Seli_vallavalitsus_Parnumaal, lk 33
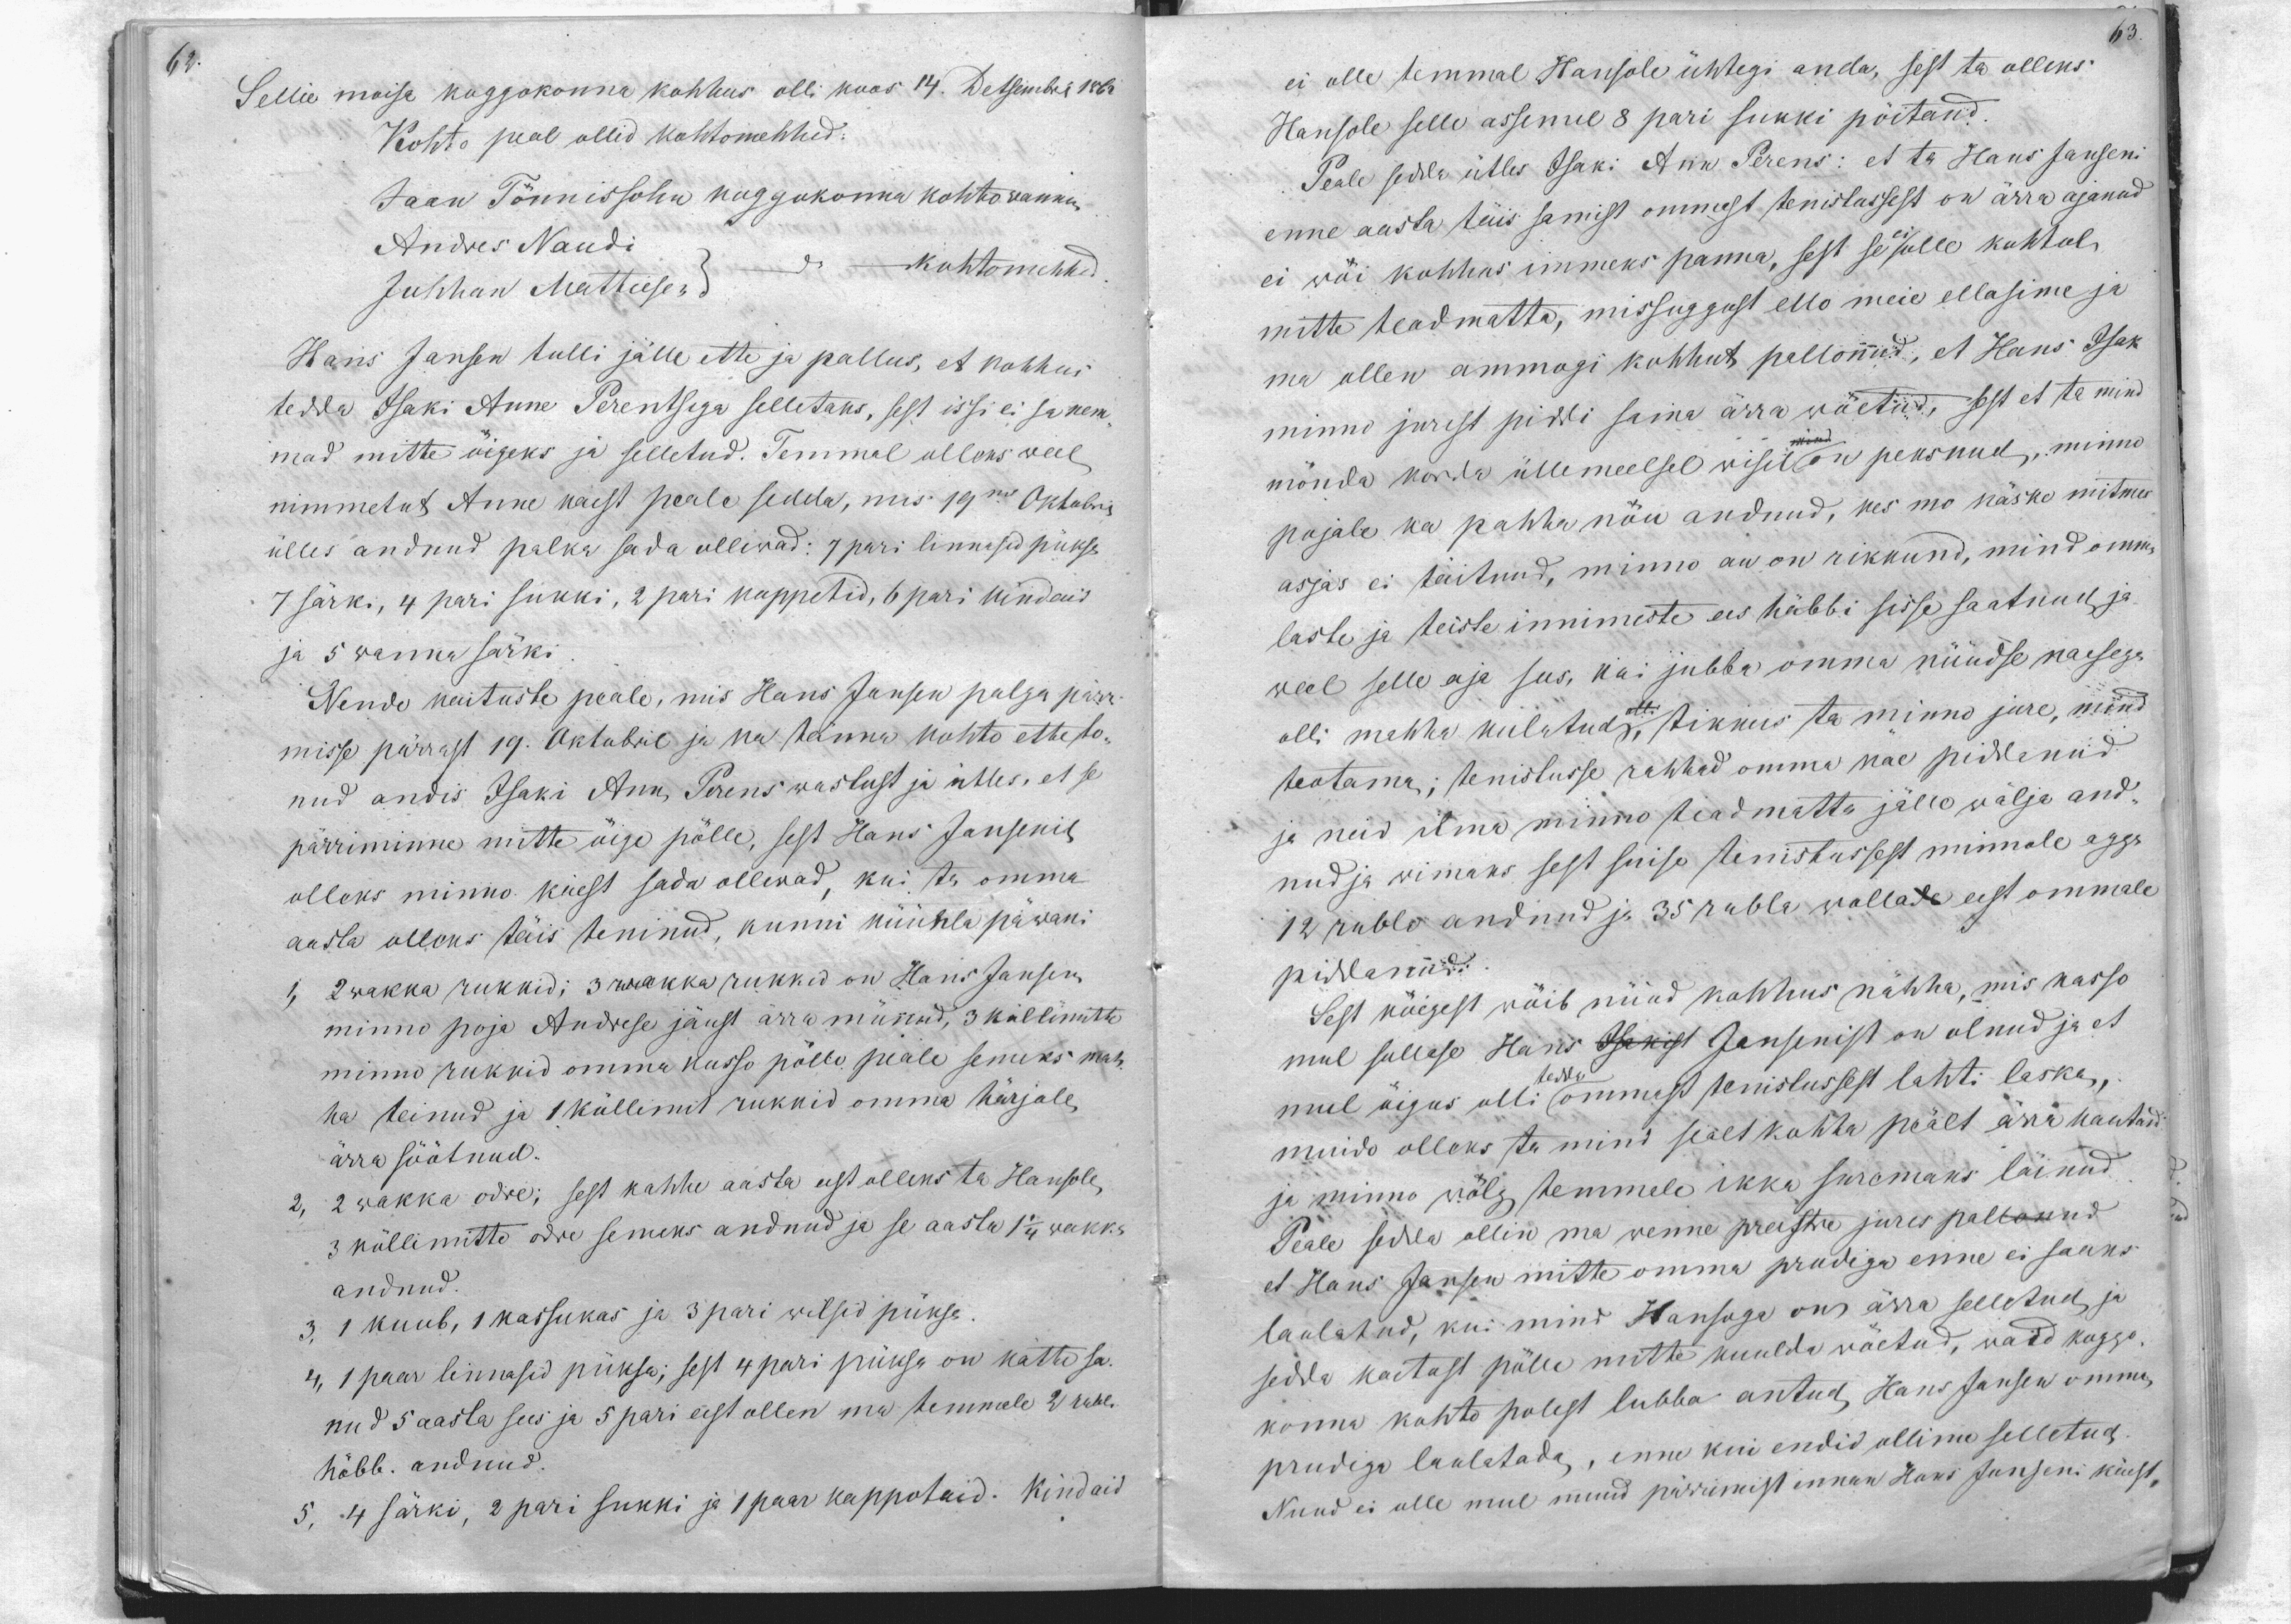
62.

Sellie moisa koggokonna kohhus olli koos 14. Detsembril 1857
Kohto peal ollid kohtomehhed:
Jaan Tönnissohn koggokonna kohtowannem
Andres Naudi
Juhhan Mattiesen do kohtomehhed
Hans Janson tulli jälle ette ja pallus, et kohhus
tedda Isaki Anne Perentsega selletaks, sest issi ei sa nem-
mad mitte õigeks ja selletud. Temmal olleks weel
nimmetut Anne käest peale sedda, mis 19ne Oktobri
ülles andnud palka sada olliwad: 7 pari linnasid pükse
7 särki, 4 pari sukki, 2 pari kappetid, 6 pari kindaid
ja 5 wanna särki
Nende kaituste peale, mis Hans Janson palga pärri-
misse pärrast 19. Oktobril ja ka tänna kohto ette to-
nud andis Isaki Ann, Perens wastust ja ütles, et se
pärriminne mitte öige pölle, sest Hans Jansenil
olleks minno käest sada olliwad, kui ta omma
aasta olleks täis teninud, kunni küünla päwani
1, 2 wakka rukkid; 3 wakka rukkid on Hans Jansen
minno poja Andrese jäust ärra münud, 3 küllimitto
minno rukkid omma kusso pöllo peale semeks mah-
ha teinud ja 1 küllimmit rukkid omma härjale,
2, 2 wakka odre; sest kahhe aasta eest olleks ta Hansole,
ärra söötnud.
3 küllimitto odre semeks andnud ja se aasta 1 1/4 wakka
andnud.
3, 1 kuub, 1 kassukas ja 3 pari wilsid pükse
4, 1 paar linnasid püksa; sest 4 pari püksa on kätte sa-
nud 5 aasta sees ja 5 pari eest ollen ma temmale 2 rubl.
hõbb. andnud.
5, 4 särki, 2 pari sukki ja 1 paar kappotaid. Kindaid

63

ei olle temmal Hansole ühtegi anda, sest ta olleks
Hansole selle assemel 8 pari sukki pöitand.
Peale seda ütles Isaki Ann Perens: et ta Hans Janseni
enne aasta täis samist ommast tenistussest on ärra ajanud
ei wöi kohhus immeks panna, sest se ei olle kohtule
mitte teadmatta, missuggust ello meie ellasime ja
ma ollen ammogi kohhut pallonud, et Hans Isak
minno jurest piddi sama ärra wöetud, sest et te mind
mönda korda üllemeelse wisil on peksnud, minno
mind
pojale ka pahha nöu andnud, kes mo käske mitmes
asjas ei täitnud, minno au on rikkund, mind omma
laste ja teiste innimeste ees häbbi sisse saatnud ja
weel selle aja sees, kui jubba omma nüüdse naesega
olli mehhe kulutud siis tikkus ta minno jure, mind
teotama, tenistusse rahhad omma kae piddanud
ja neid ilma minno teadmatta jälle wälja and-
nud ja wiimaks sest suise tenistussest minnole agga
12 rublo andnud ja 35 rubla wallade eest ommale
piddanud.
Sest kõigest wöib nüüd kohhus nähha, mis kasso
mul sullase Hans Isakist Jansenist on olnud ja et
mul öigus olli ommast tenistussest lahti laska,
tedda
muido olleks ta mind sealt kohha pealt ärra kautand.
ja minno wölg temmale ikka suremaks läinud.
Peale sedda ollin ma wenne preestre jures pallonud
et Hans Jansen mitte omma prudiga enne ei saaks
sedda kaitust pölle mitte kuulda wöetud, waid koggo-
laulatud, kui mind Hansoga on ärra selletud ja
konna kohto polest lubba antud, Hans Jansen omma
prudiga laulatada, enne kui endid ollime selletud.
Nuud ei olle mul muud pärrimist ennem Hans Janseni käest-